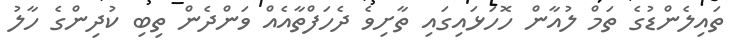
ތައިލެންޑުގެ ތަމް ލުއާން ހޮހަޅައިގައި ތާށިވެ ދެހަފްތާއެއް ވަންދެން ތިބި ކުދިންގެ ހާލު